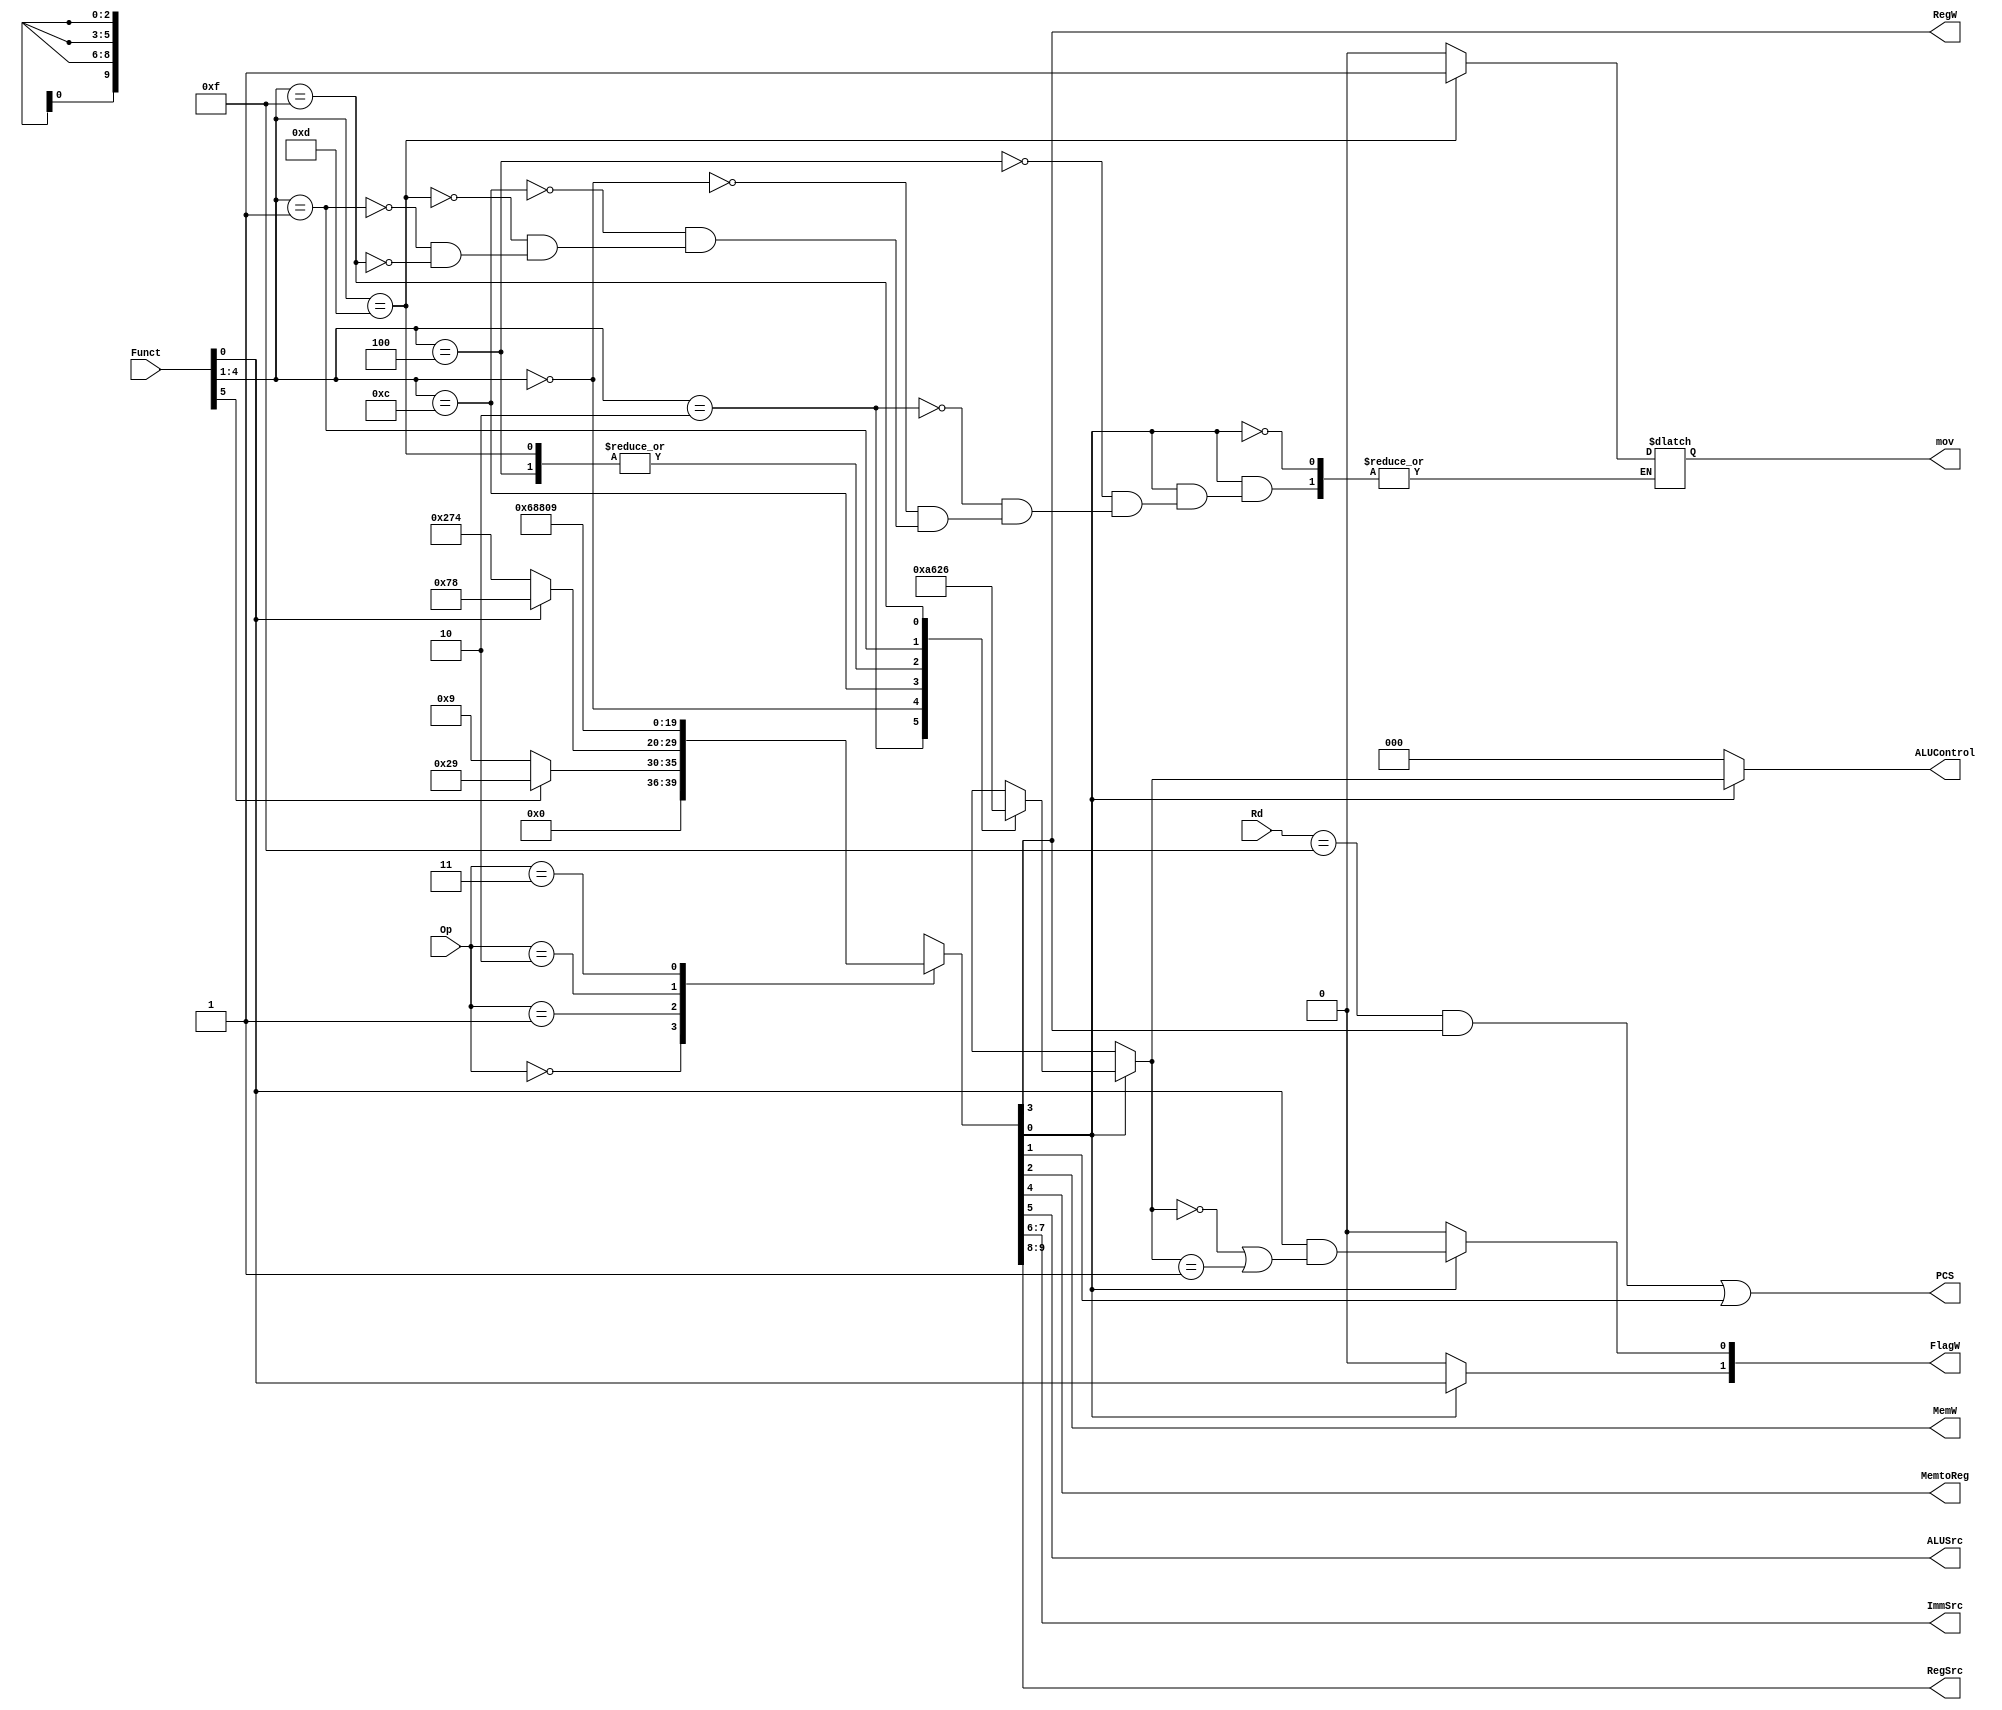
module decode (
	Op,
	Funct,
	Rd,
	FlagW,
	mov,
	PCS,
	RegW,
	MemW,
	MemtoReg,
	ALUSrc,
	ImmSrc,
	RegSrc,
	ALUControl
);
	input wire [1:0] Op;
	input wire [5:0] Funct;
	input wire [3:0] Rd;
	output reg [1:0] FlagW;
	output reg mov;
	output wire PCS;
	output wire RegW;
	output wire MemW;
	output wire MemtoReg;
	output wire ALUSrc;
	output wire [1:0] ImmSrc;
	output wire [1:0] RegSrc;
	output reg [2:0] ALUControl;
	reg [9:0] controls;
	wire Branch;
	wire ALUOp;
	
	always @(*)
		casex (Op)
			2'b00:
				if (Funct[5])
					controls = 10'b0000101001;
				else
					controls = 10'b0000001001;
			2'b01:
				if (Funct[0])
					controls = 10'b0001111000;
				else
					controls = 10'b1001110100;
			2'b10: controls = 10'b0110100010;
			2'b11: controls = 10'b0000001001;
			default: controls = 10'bxxxxxxxxxx;
		endcase
	assign {RegSrc, ImmSrc, ALUSrc, MemtoReg, RegW, MemW, Branch, ALUOp} = controls;
	always @(*)
		if (ALUOp) begin
			case (Funct[4:1])
				4'b0100:begin//VADD
				    ALUControl = 3'b000;
				    mov = 0;
				    end
				4'b0010:begin//VSUB
					ALUControl = 3'b001;
					mov = 0;
				end
				4'b0000:begin//VAND
					ALUControl = 3'b010;
					mov = 0;
				end
				4'b1100:begin//VOR
					ALUControl = 3'b011;
					mov = 0;
				end
				4'b1101:begin//mov
					ALUControl = 3'b000;
					mov = 1;
				end
				4'b0001:begin// VXOR
				    ALUControl = 3'b100;
				    mov = 0;
				end
				4'b1111:begin// VMUL
				    ALUControl = 3'b110;
				    mov = 0;
				end
				default: ALUControl = 3'bxxx;
			endcase
			FlagW[1] = Funct[0];
			FlagW[0] = Funct[0] & ((ALUControl == 3'b000) | (ALUControl == 3'b001));
		end
		else begin
			ALUControl = 3'b000;
			FlagW = 2'b00;
		end
	assign PCS = ((Rd == 4'b1111) & RegW) | Branch;
endmodule